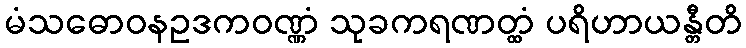
မံသဓောဝနဥဒကဝဏ္ဏံ သုခကရဏတ္ထံ ပရိဟာယန္တီတိ